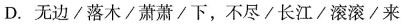
D.无边/落木/萧萧下，不尽/长江/滚滚/来